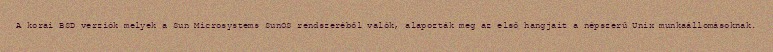
A korai BSD verziók melyek a Sun Microsystems SunOS rendszeréből valók, alapozták meg az első hangjait a népszerű Unix munkaállomásoknak.